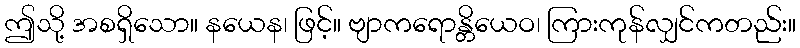
ဤသို့ အစရှိသော။ နယေန၊ ဖြင့်။ ဗျာကရောန္တိယေဝ၊ ကြားကုန်လျှင်ကတည်း။